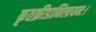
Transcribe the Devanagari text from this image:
कृतक्रीडानिलायनः।